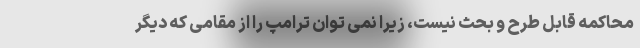
محاکمه قابل طرح و بحث نیست، زیرا نمی توان ترامپ را از مقامی که دیگر